Investigations into the jail dietaries of the United Provinces with some observations on the influence of dietary on the physical development and well-being of the people of the United Provinces - Number 48
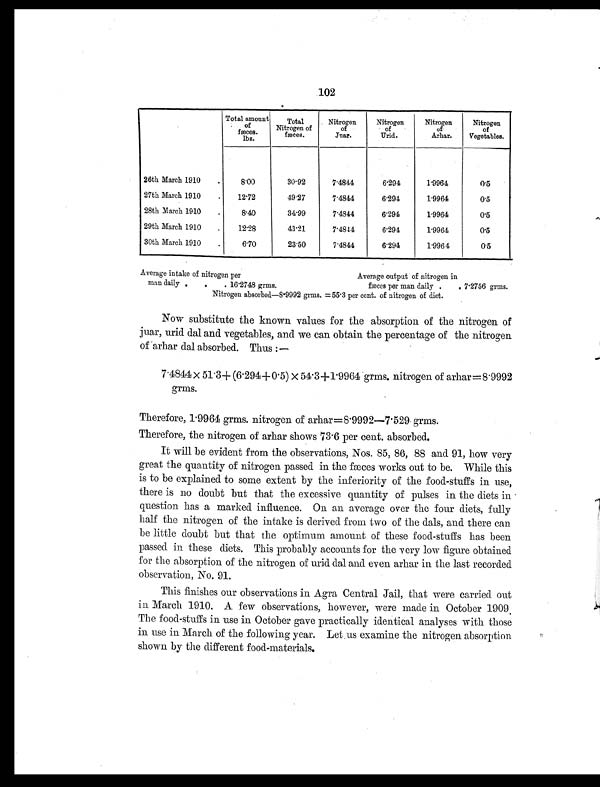
102
Total amount
of
fæces.
lbs.
Total
Nitrogen of
fæces.
Nitrogen
of
Juar.
Nitrogen
of
Urid.
Nitrogen
of
Arhar.
Nitrogen
of
Vegetables.
26th March 1910
.
8.00
30.92
7.4844
6.294
1.9964
0.5
27th March 1910
.
12.72
49.27
7.4844
6.294
1.9964
0.5
28th March 1910
.
8.40
34.99
7.4844
6.294
1.9964
0.5
29th March 1910
.
12.28
43.21
7.4844
6.294
1.9964
0.5
30th March 1910
.
6.70
23.50
7.4844
6.294
1.9964
0.5
Average intake of nitrogen per
Average output of nitrogen in
man daily .
.
. 16.2748 grms.
fæces per man daily .
. 7.2756 grms.
Nitrogen absorbed—8.9992 grms. =55.3 per cent. of nitrogen of diet.
Now substitute the known values for the absorption of the nitrogen of
juar, urid dal and vegetables, and we can obtain the percentage of the nitrogen
of arhar dal absorbed. Thus:—
7.4844 × 51.3+ (6.294+0.5) × 54.3+1.9964 grms. nitrogen of arhar =8.9992
grms.
Therefore, 1.9964 grms. nitrogen of arhar=8.9992—7.529 grms.
Therefore, the nitrogen of arhar shows 73.6 per cent. absorbed.
It will be evident from the observations, Nos. 85, 86, 88 and 91, how very
great the quantity of nitrogen passed in the fæces works out to be. While this
is to be explained to some extent by the inferiority of the food-stuffs in use,
there is no doubt but that the excessive quantity of pulses in the diets in
question has a marked influence. On an average over the four diets, fully
half the nitrogen of the intake is derived from two of the dals, and there can
be little doubt but that the optimum amount of these food-stuffs has been
passed in these diets. This probably accounts for the very low figure obtained
for the absorption of the nitrogen of urid dal and even arhar in the last recorded
observation, No. 91.
This finishes our observations in Agra Central Jail, that were carried out
in March 1910. A few observations, however, were made in October 1909.
The food-stuffs in use in October gave practically identical analyses with those
in use in March of the following year. Let us examine the nitrogen absorption
shown by the different food-materials.